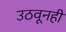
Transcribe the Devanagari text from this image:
उठवूनही